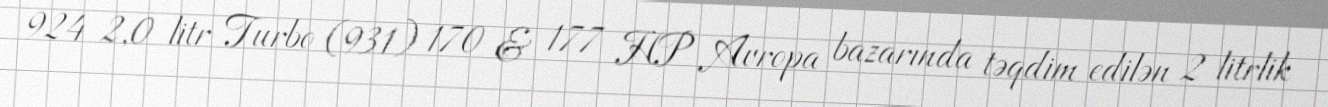
924 2,0 litr Turbo (931) 170 & 177 HP Avropa bazarında təqdim edilən 2 litrlik